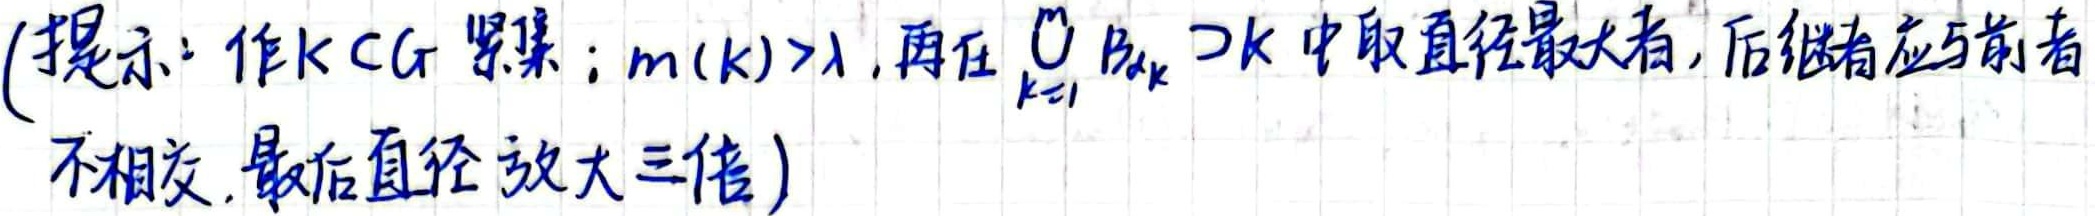
(提示：作$K\subset G$ 紧集；$m(K)>\lambda$, 再在 $\bigcup_{k = 1}^{\infty}B_{x_k}\supset K$ 中取直径最大者, 后继者应与前者不相交, 最后直径放大三倍)